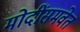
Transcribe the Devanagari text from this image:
मोदींसमवेत